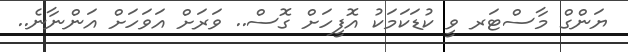
ޔަންގް މާސްޓަރ ވީ ކުޑަކަމަކު އޮފީހަށް ގޮސް.. ވަރަށް އަވަހަށް އަންނާނެ..